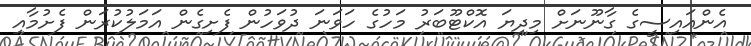
އެންއައިސީގެ ގާނޫނަށް މިދިޔަ އޮކްޓޫބަރު މަހުގެ ހަވަނަ ދުވަހުން ފެށިގެން އަމަލުކުރަން ފެށުމާއި